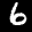
Label: 6